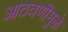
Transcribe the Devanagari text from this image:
आठवणींमुळे